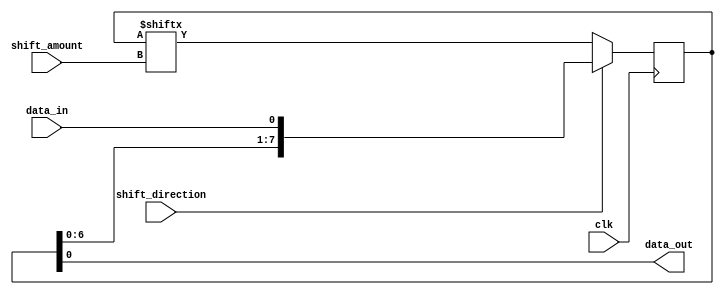
module shift_register(
    input wire data_in,
    input wire clk,
    input wire shift_direction, // 0 for right shift, 1 for left shift
    input wire [3:0] shift_amount, // Number of bits to shift
    output reg data_out
);

reg [7:0] shift_reg; // 8-bit shift register

always @(posedge clk) begin
    if(shift_direction == 1) // Left shift
        shift_reg <= {shift_reg[7-shift_amount:0], data_in};
    else // Right shift
        shift_reg <= {data_in, shift_reg[7:shift_amount]};
end

assign data_out = shift_reg[0];

endmodule